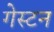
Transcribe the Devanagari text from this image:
गेस्टन